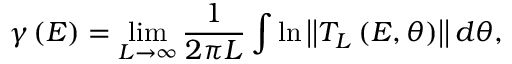
\gamma \left( E \right) = \operatorname* { l i m } _ { L \rightarrow \infty } \frac { 1 } { 2 \pi L } \int \ln \left\vert \left\vert T _ { L } \left( E , \theta \right) \right\vert \right\vert d \theta ,